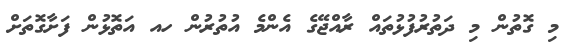
މި ގޮތުން މި ދަތުރުފުޅުތައް ރާއްޖޭގެ އެންމެ އުތުރުން ހއ އަތޮޅުން ފަށާގޮތަށް